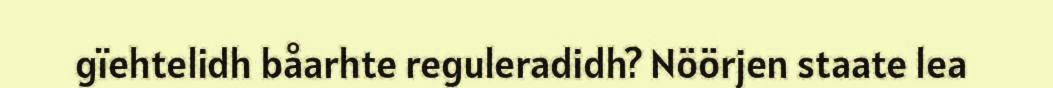
gïehtelidh båarhte reguleradidh? Nöörjen staate lea